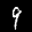
Label: 9